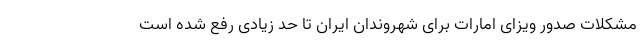
مشکلات صدور ویزای امارات برای شهروندان ایران تا حد زیادی رفع شده است